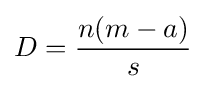
D={\frac {n(m-a)}{s}}